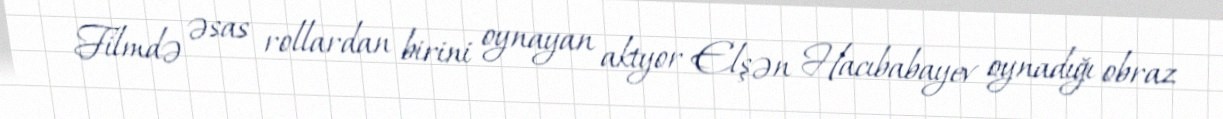
Filmdə əsas rollardan birini oynayan aktyor Elşən Hacıbabayev oynadığı obraz